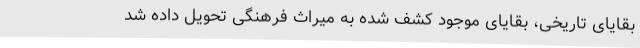
بقایای تاریخی، بقایای موجود کشف شده به میراث فرهنگی تحویل داده شد